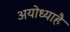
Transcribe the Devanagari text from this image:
अयोध्याहै